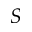
S